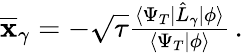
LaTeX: \begin{array}{r}{\overline{{\textbf{x}}}_{\gamma}=-\sqrt{\tau}\frac{\langle\Psi_{T}|\hat{L}_{\gamma}|\phi\rangle}{\langle\Psi_{T}|\phi\rangle}\, .}\end{array}